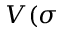
V ( \sigma